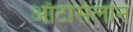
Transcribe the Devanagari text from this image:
ऑटोसेलोन